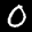
Label: 0